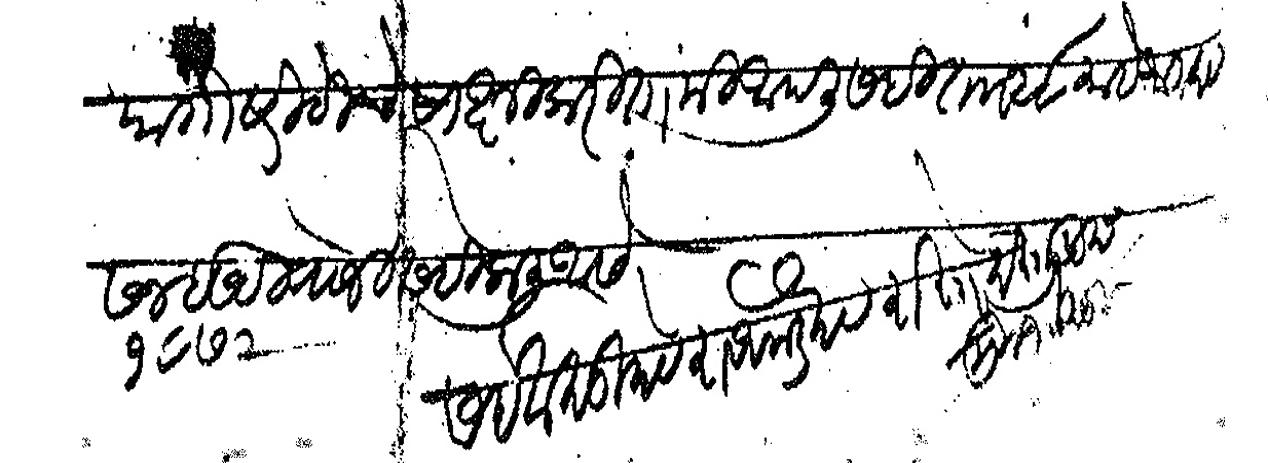
Transliteration (Devanagari): या गोष्टीचे साक्षीकरिता मी आपली सही ता २८ माहे ऑगस्ट सन १८७२ इसवी रोजी सही केली असे सही वासुदेवराव घोडदेव रास्ते दस्तुरखुद्द मु जमखडी